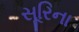
સૂરિના